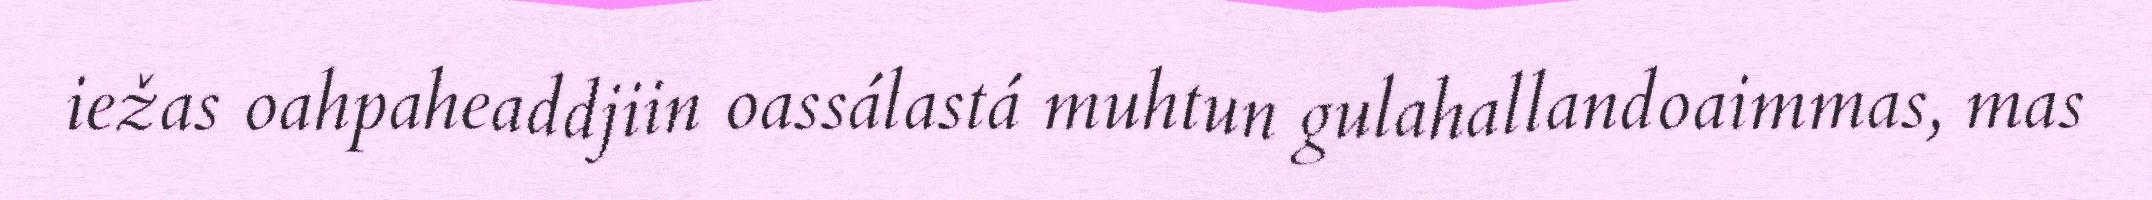
iežas oahpaheaddjiin oassálastá muhtun gulahallandoaimmas, mas